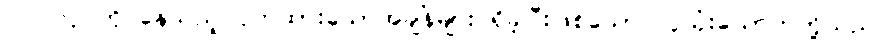
ပါဝင်လုပ်ကိုင်နေသည့် ဝှက်ထားသောအချိန်များ ရှိခဲ့ပြီးဖြစ်သော လူသုံးယောက်တို့သည်